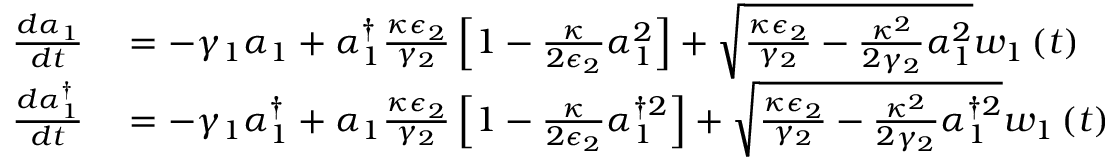
\begin{array} { r l } { \frac { d \alpha _ { 1 } } { d t } } & { { } = - \gamma _ { 1 } \alpha _ { 1 } + \alpha _ { 1 } ^ { \dagger } \frac { \kappa \epsilon _ { 2 } } { \gamma _ { 2 } } \left[ 1 - \frac { \kappa } { 2 \epsilon _ { 2 } } \alpha _ { 1 } ^ { 2 } \right] + \sqrt { \frac { \kappa \epsilon _ { 2 } } { \gamma _ { 2 } } - \frac { \kappa ^ { 2 } } { 2 \gamma _ { 2 } } \alpha _ { 1 } ^ { 2 } } w _ { 1 } \left( t \right) } \\ { \frac { d \alpha _ { 1 } ^ { \dagger } } { d t } } & { { } = - \gamma _ { 1 } \alpha _ { 1 } ^ { \dagger } + \alpha _ { 1 } \frac { \kappa \epsilon _ { 2 } } { \gamma _ { 2 } } \left[ 1 - \frac { \kappa } { 2 \epsilon _ { 2 } } \alpha _ { 1 } ^ { \dagger 2 } \right] + \sqrt { \frac { \kappa \epsilon _ { 2 } } { \gamma _ { 2 } } - \frac { \kappa ^ { 2 } } { 2 \gamma _ { 2 } } \alpha _ { 1 } ^ { \dagger 2 } } w _ { 1 } \left( t \right) } \end{array}